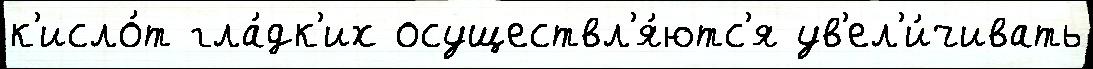
к'исло́т гла́дк'их осуществл'я́ютс'я ув'ел'и́чивать